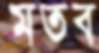
মতব